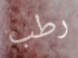
رطب